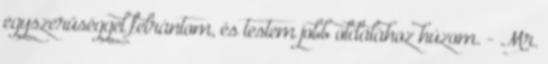
egyszerűséggel felrántom, és testem jobb oldalához húzom. - Mr.